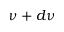
\nu + d \nu